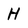
Character: H